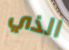
الذي